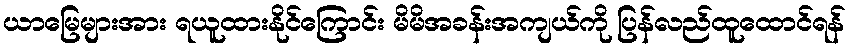
ယာမြေများအား ရယူထားနိုင်ကြောင်း မိမိအခန်းအကျယ်ကို ပြန်လည်ထူထောင်ရန်